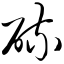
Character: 硫